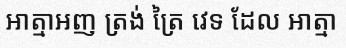
អាត្មាអញ ត្រង់ ត្រៃ វេទ ដែល អាត្មា